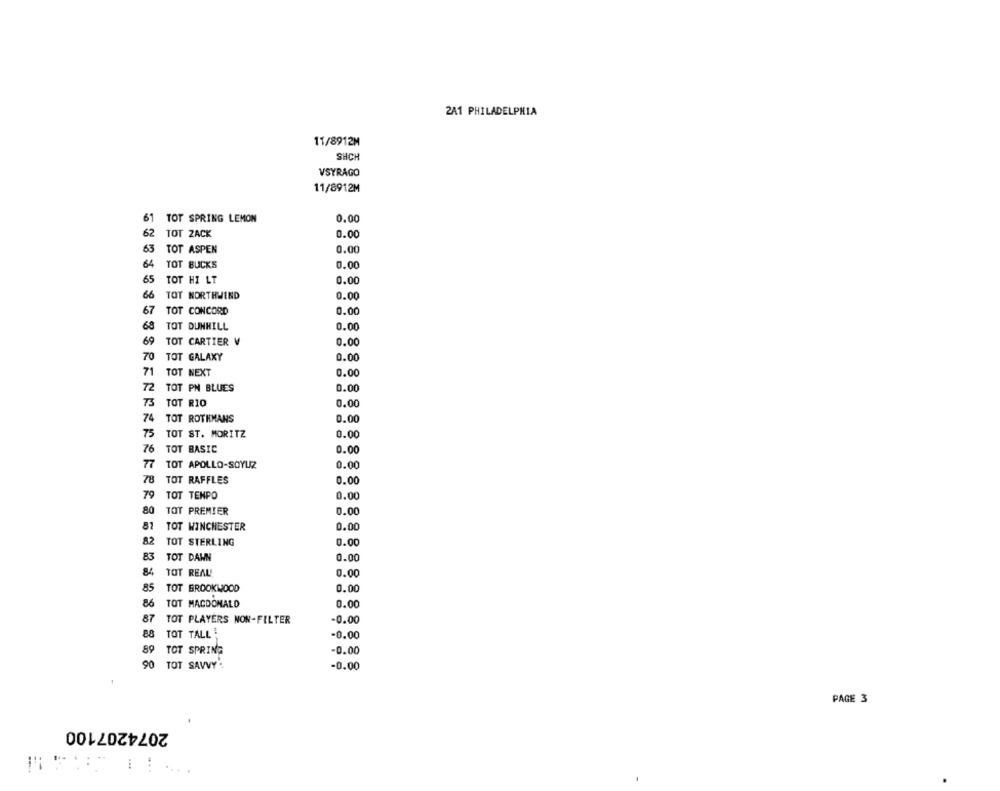
2A1 PHILADELPHIA
11/8912M
SHCH
VSYRAGO
11/8912M
61
TOT SPRING LEMON
0.00
62
TOT ZACK
0.00
63
TOT ASPEN
0.00
64
TOT BUCKS
0.00
65
TOT HI LT
0.00
66
TOT NORTHWIND
0.00
67
TOT CONCORD
0.00
68
TOT DUNHILL
0.00
69
TOT CARTIER V
0.00
70
TOT GALAXY
0.00
71
TOT NEXT
0.00
72
TOT PN BLUES
0.00
73
TOT RIO
0.00
74
TOT ROTHMANS
0.00
75
TOT ST. MORITZ
0.00
76
TOT BASIC
0.00
77
TOT APOLLO-SOYUZ
0.00
78
TOT RAFFLES
0.00
79
TOT TENPO
0.00
80
TOT PREMIER
0.00
81
TOT WINCHESTER
0.00
82
TOT STERLING
0.00
83
TOT DAWN
0.00
84
TOT REAU!
0.00
85
TOT BROOKWOOD
0.00
86
TOT MACDONALD
0.00
87
TOT PLAYERS NON-FILTER
-0.00
88
TOT TALL
-0.00
TOT SPRING
89
-0.00
90
TOT SAVVY .
-0.00
PAGE 3
2074207100